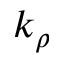
k _ { \rho }